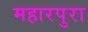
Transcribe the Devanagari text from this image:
महारपुरा